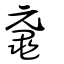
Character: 黿